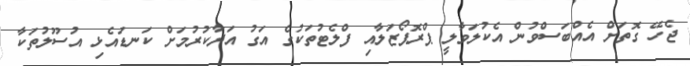
ޖެހޭ ގޮތަށް އެއްބަސްވުން އެކުލަވާލީ ޕްރޮޕޯޒަލާއި ފްލެޓުތަކުގެ އަގު އަދާކުރުމަށް ކަނޑައެޅި އުސޫލުތަކާ